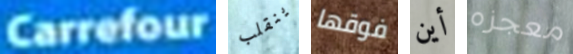
Carrefour ينقلب فوقها أين معجزه